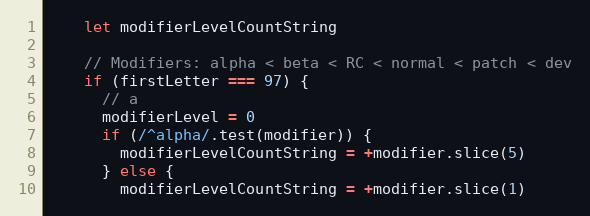
Language: JavaScript
    let modifierLevelCountString

    // Modifiers: alpha < beta < RC < normal < patch < dev
    if (firstLetter === 97) {
      // a
      modifierLevel = 0
      if (/^alpha/.test(modifier)) {
        modifierLevelCountString = +modifier.slice(5)
      } else {
        modifierLevelCountString = +modifier.slice(1)